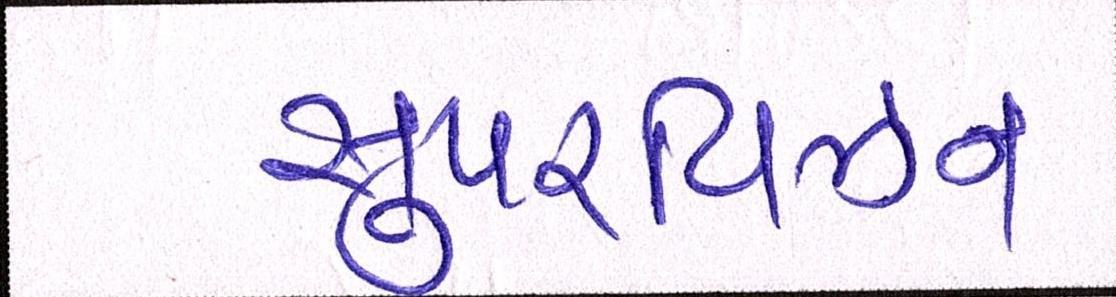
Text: સુપરવિઝન